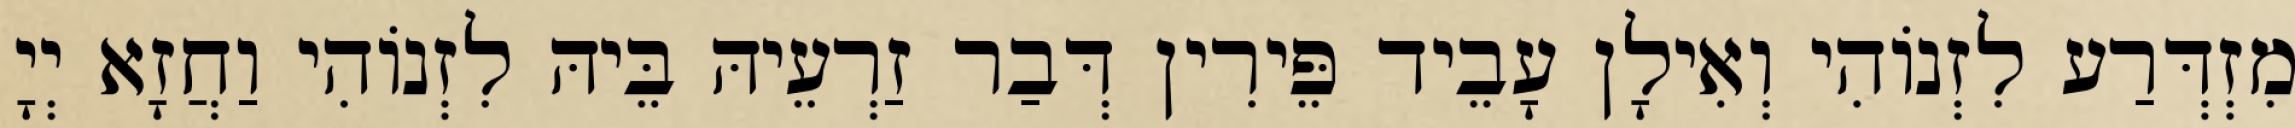
מִזְדְּרַע לִזְנוֹהִי וְאִילָן עָבֵיד פֵּירִין דְּבַר זַרְעֵיהּ בֵּיהּ לִזְנוֹהִי וַחֲזָא יְיָ